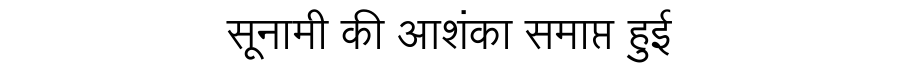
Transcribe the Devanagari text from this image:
सूनामी की आशंका समाप्त हुई